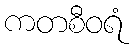
ကတစီဝရံ